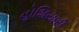
હોશિયારી